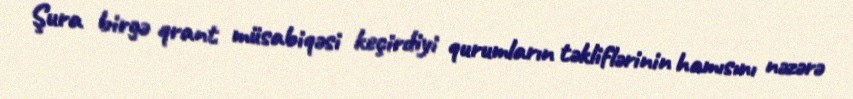
Şura birgə qrant müsabiqəsi keçirdiyi qurumların təkliflərinin hamısını nəzərə